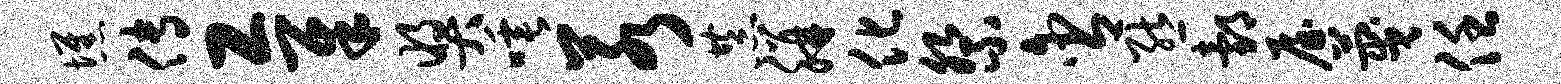
憔传工犀奖唾若恭胼化祭含熊邰屋蔑任